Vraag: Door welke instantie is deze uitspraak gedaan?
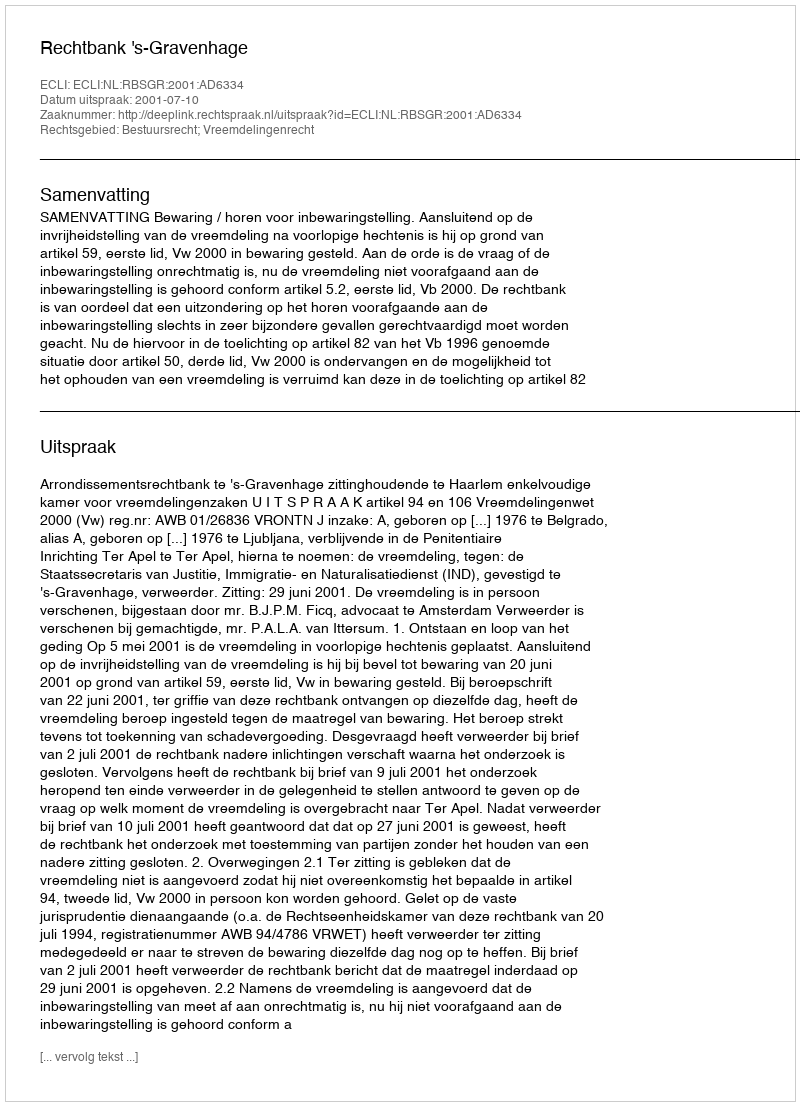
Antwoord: Rechtbank 's-Gravenhage